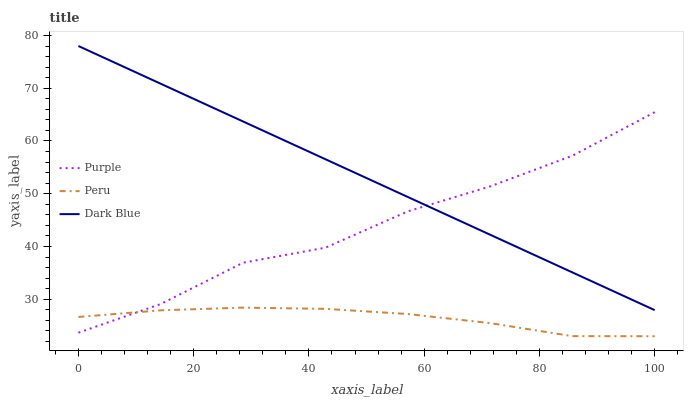
| xaxis_label | Purple | Peru | Dark Blue |
 | --- | --- | --- | --- |
 | 0 | 23.7 | 26.7 | 78 |
 | 14.3 | 29.1 | 27.9 | 70.9 |
 | 28.6 | 36.9 | 28.4 | 63.7 |
 | 42.9 | 39.8 | 28.2 | 56.6 |
 | 57.1 | 46.7 | 27.2 | 49.4 |
 | 71.4 | 51.4 | 25.5 | 42.3 |
 | 85.7 | 57.2 | 23 | 35.1 |
 | 100 | 65.5 | 23 | 28 |